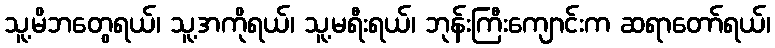
သူ့မိဘတွေရယ်၊ သူ့အကိုရယ်၊ သူ့မရီးရယ်၊ ဘုန်းကြီးကျောင်းက ဆရာတော်ရယ်၊